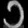
Digit: ၁